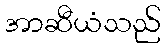
အာဆီယံသည်